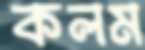
কলম